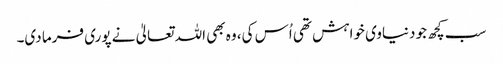
سب کچھ جو دنیاوی خواہش تھی اُس کی، وہ بھی اللہ تعالیٰ نے پوری فرما دی۔